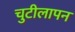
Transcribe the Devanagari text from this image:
चुटीलापन